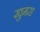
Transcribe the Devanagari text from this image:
खुमरा